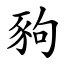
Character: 豞